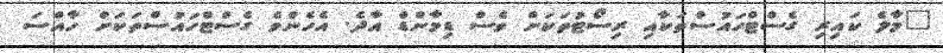
"މާލެ ކައިރި ގެސްޓްހައުސްތަކާއި ރިސޯޓުތަކަށް ވެސް ޑިމާންޑް އާދެ. އެހެންވެ ގެސްޓްހައުސްތަކަށް ހާއްސަ